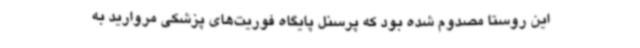
این روستا مصدوم شده بود که پرسنل پایگاه فوریت‌های پزشکی مروارید به